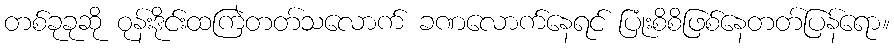
တစ်ခုခုဆို ဝုန်းဒိုင်းထကြဲတတ်သလောက် ခဏလောက်နေရင် ပြုံးစိစိဖြစ်နေတတ်ပြန်ရော။